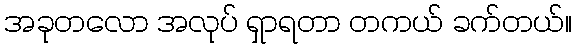
အခုတလော အလုပ် ရှာရတာ တကယ် ခက်တယ်။